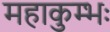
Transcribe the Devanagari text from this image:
महाकुम्भः